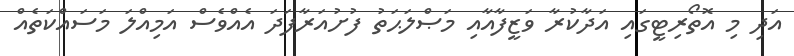
އަދި މި އޮތޯރިޓީގައި އަދާކުރާ ވަޒީފާއާއި މަޞްލަޙަތު ފުށުއަރާފަދަ އެއްވެސް އަމިއްލަ މަސައްކަތެއް